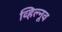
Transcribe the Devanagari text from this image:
व्हिल्नूव